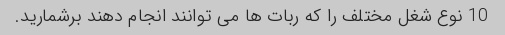
10 نوع شغل مختلف را که ربات ها می توانند انجام دهند برشمارید.